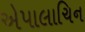
એપાલાચિન